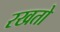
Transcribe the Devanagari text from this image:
रखतो